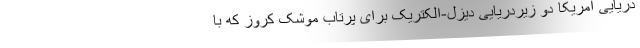
دریایی آمریکا دو زیردریایی دیزل-الکتریک برای پرتاب موشک کروز که با